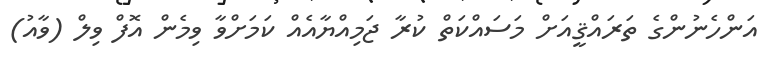
އަންހެނުންގެ ތަރައްޤީއަށް މަސައްކަތް ކުރާ ޖަމިއްޔާއެއް ކަމަށްވާ ވިމެން އޮފް ވިލް (ވާއު)